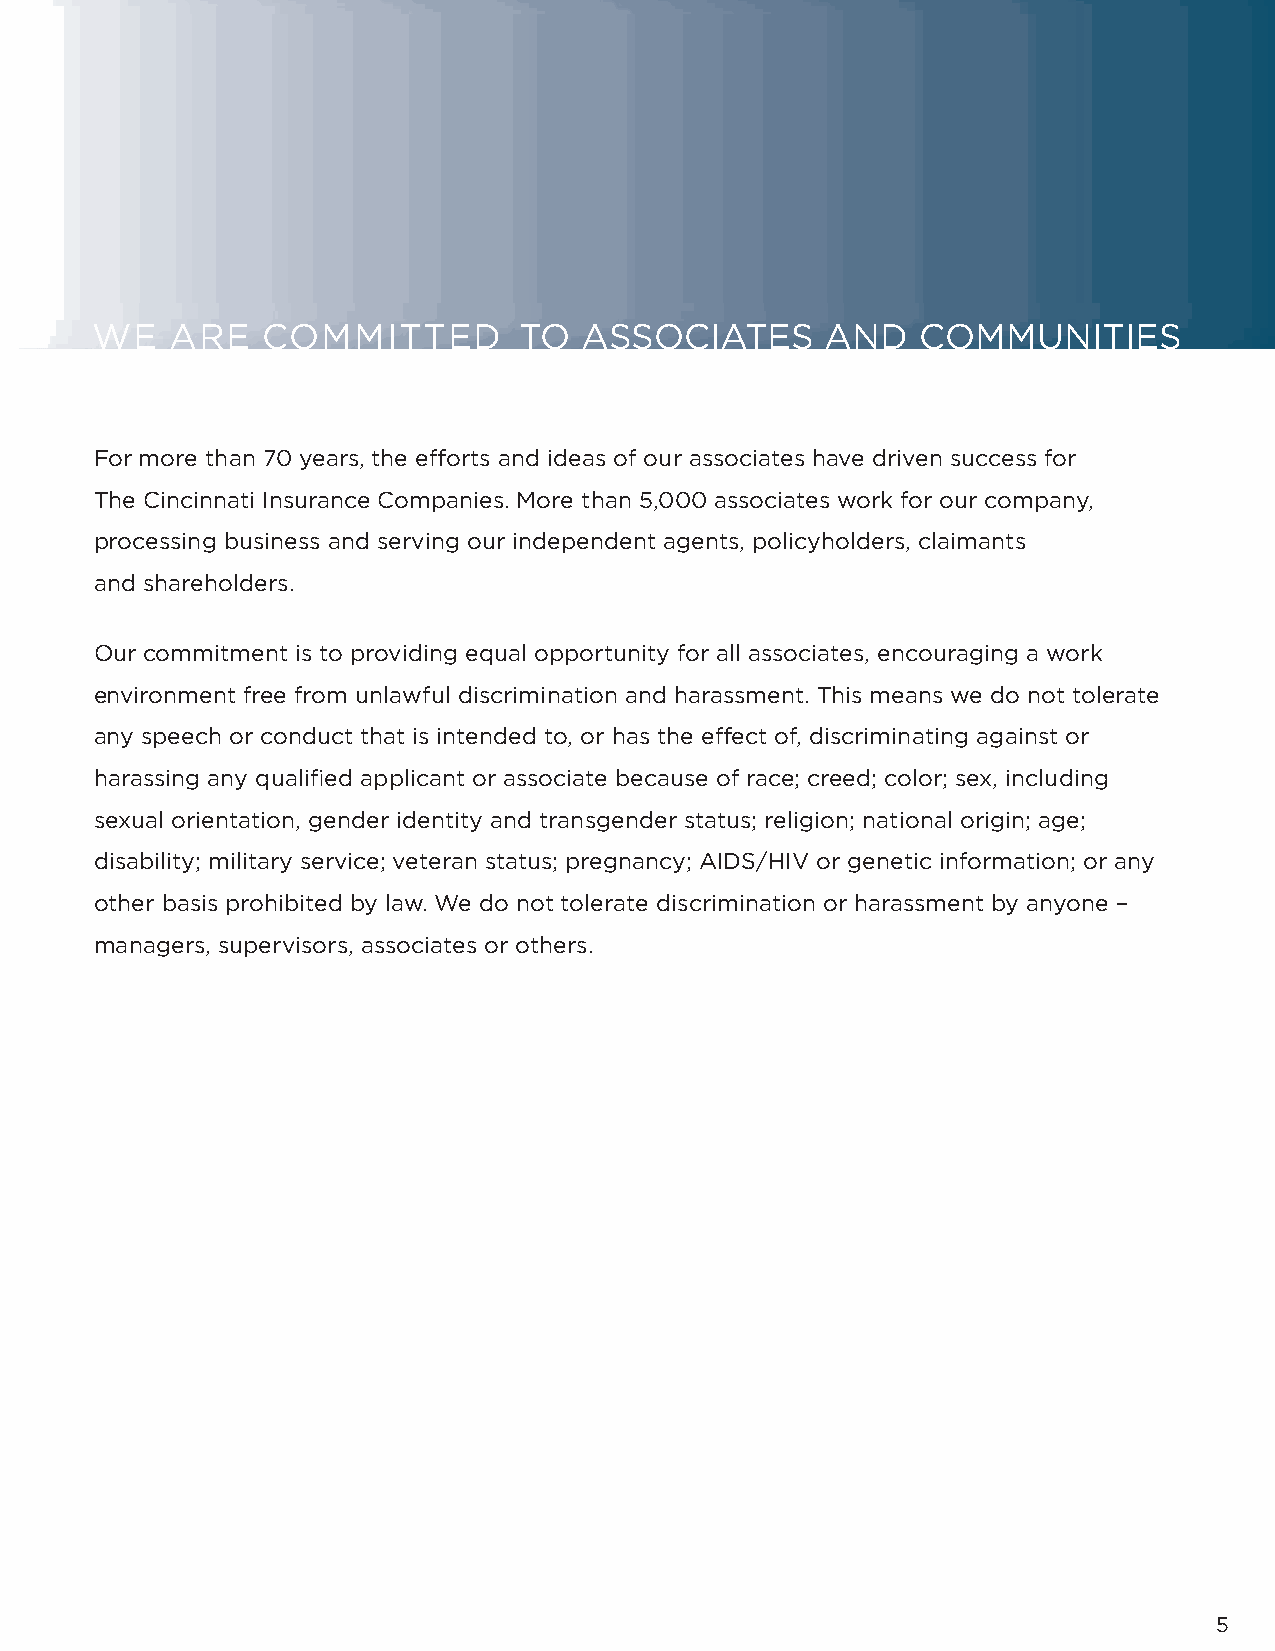
Social
 WE   ARE   COMMITTED        TO  ASSOCIATES       AND   COMMUNITIES
 For more than 70 years, the eff orts and ideas of our associates have driven success for
 The Cincinnati Insurance Companies. More than 5,000 associates work for our company,
 processing business and serving our independent agents, policyholders, claimants
 and shareholders.
 Our commitment is to providing equal opportunity for all associates, encouraging a work
 environment free from unlawful discrimination and harassment. This means we do not tolerate
 any speech or conduct that is intended to, or has the eff ect of, discriminating against or
 harassing any qualifi ed applicant or associate because of race; creed; color; sex, including
 sexual orientation, gender identity and transgender status; religion; national origin; age;
 disability; military service; veteran status; pregnancy; AIDS/HIV or genetic information; or any
 other basis prohibited by law. We do not tolerate discrimination or harassment by anyone –
 managers, supervisors, associates or others.
 5